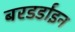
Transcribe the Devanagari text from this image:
बरडर्डाइन